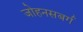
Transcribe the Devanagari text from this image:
जोहनसबर्ग